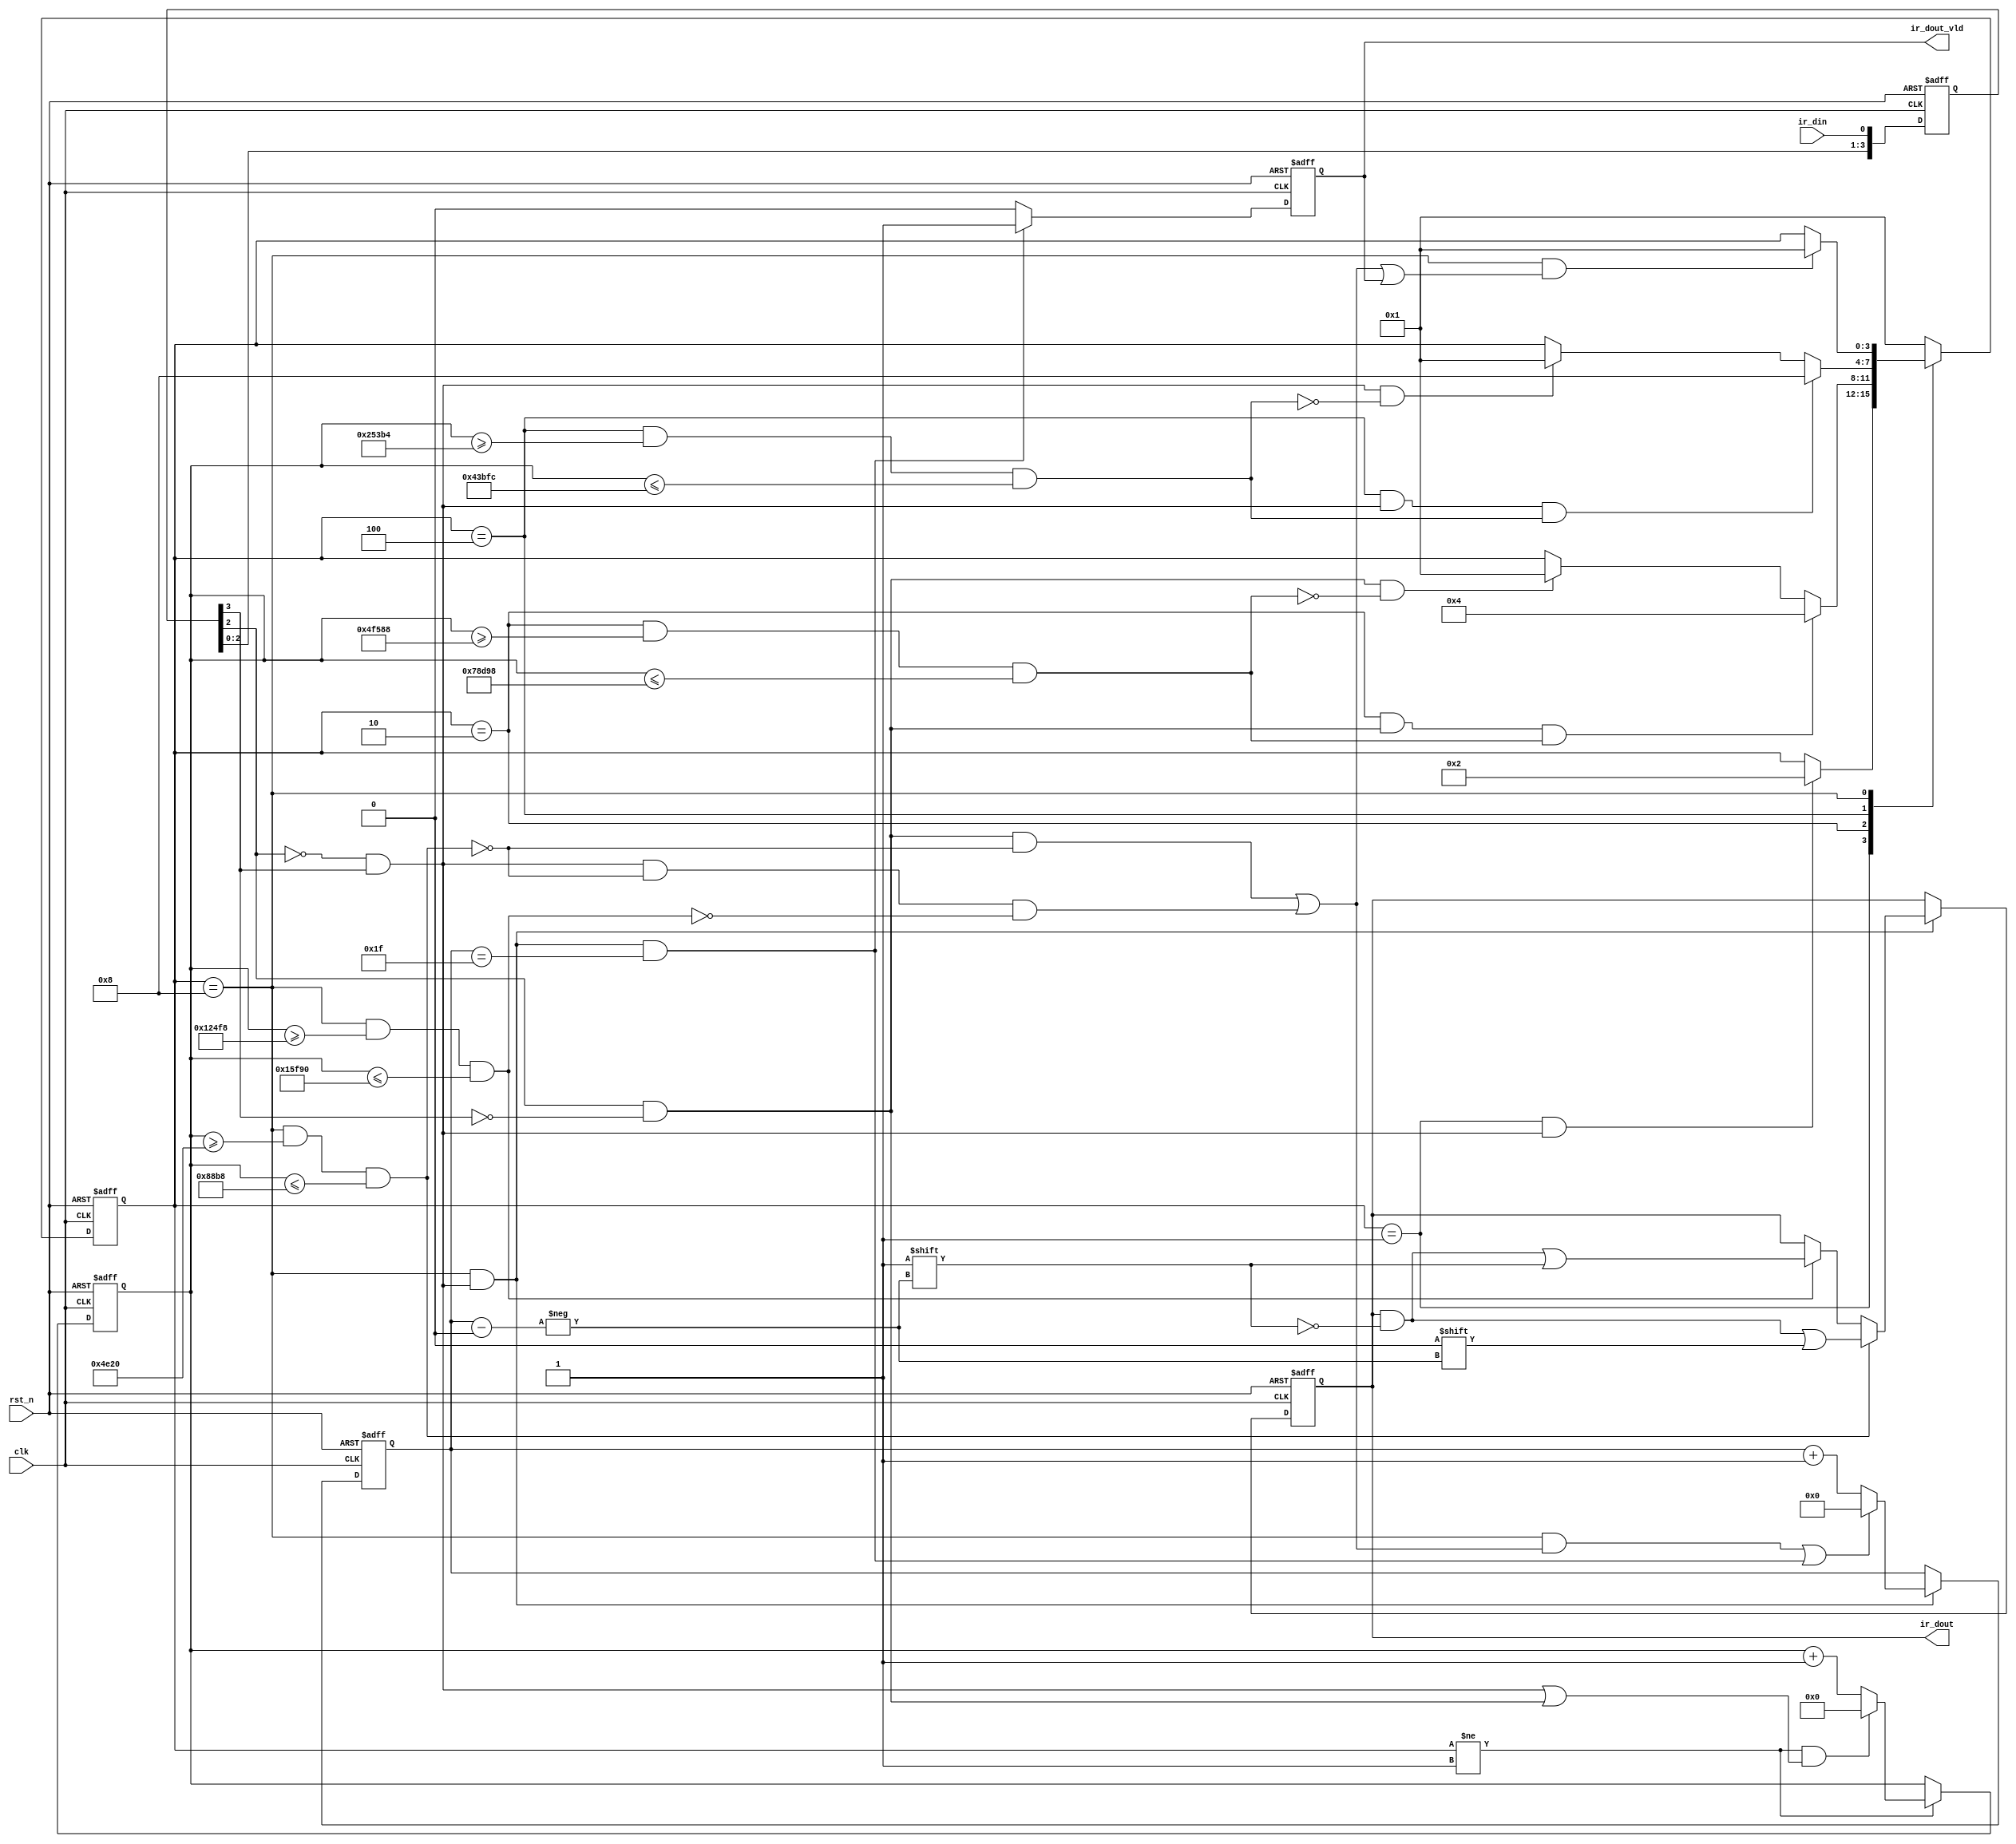
module  ir_decode(
        input                   clk                     ,
        input                   rst_n                   ,
        //ir
        input                   ir_din                  ,
        output  reg   [31: 0]   ir_dout                 ,
        output  reg             ir_dout_vld 
);
//=====================================================================\
// ********** Define Parameter and Internal Signals *************
//=====================================================================/
//(9ms)+(16)+(8)+(8)
//"0" = 0.56ms + 0.56ms "1" = 0.56ms + 1.68ms   
//
//
parameter   MIN_9MS     =       19'd325_000                     ;//6.5ms
parameter   MAX_9MS     =       19'd495_000                     ;//9.9ms
parameter   MIN_4_5MS   =       19'd152_500                     ;//3.05ms
parameter   MAX_4_5MS   =       19'd277_500                     ;//5.55ms
parameter   MIN_560US   =       19'd20_000                      ;//400us
parameter   MAX_560US   =       19'd35_000                      ;//700us
parameter   MIN_1690US  =       19'd75_000                      ;//1500us
parameter   MAX_1690US  =       19'd90_000                      ;//1800us

parameter   IDLE        =       4'b0001                         ;
parameter   CHECK_T9MS  =       4'b0010                         ;
parameter   CHECK_T4_5MS=       4'b0100                         ;
parameter   DATA_DECODE =       4'b1000                         ;

reg     [ 3: 0]                 state_c                         ;
reg     [ 3: 0]                 state_n                         ;

reg     [ 3: 0]                 ir_din_r                        ;
wire                            ir_l2h                          ;
wire                            ir_h2l                          ; 

reg     [18: 0]                 cnt_clk                         ; 
wire                            add_cnt_clk                     ;
wire                            end_cnt_clk                     ; 
reg     [31: 0]                 cnt_data                        ;
wire                            add_cnt_data                    ;
wire                            end_cnt_data                    ;

wire                            check_9ms_start                 ;
wire                            check_4_5ms_start               ;
wire                            data_decode_start               ;
wire                            idle_start                      ; 

wire                            check_9ms_ok                    ; 
wire                            check_4_5ms_ok                  ; 
wire                            check_560us_ok                  ; 
wire                            check_1690us_ok                 ; 



//======================================================================
// ***************      Main    Code    ****************
//======================================================================
//ir_din_r
always  @(posedge clk or negedge rst_n) begin
        if(rst_n == 1'b0)
            ir_din_r    <=      'd0;
        else
            ir_din_r    <=      {ir_din_r[2:0],ir_din};//43
end

assign  ir_h2l      =       (!ir_din_r[2]) && ir_din_r[3];
assign  ir_l2h      =       ir_din_r[2] && (!ir_din_r[3]);

//cnt_clk
always @(posedge clk or negedge rst_n)begin
    if(!rst_n)begin
        cnt_clk <= 0;
    end
    else if(add_cnt_clk)begin
        if(end_cnt_clk)
            cnt_clk <= 0;
        else
            cnt_clk <= cnt_clk + 1;
    end
end

assign  add_cnt_clk     =       (state_c != IDLE); //      
assign  end_cnt_clk     =       add_cnt_clk && (ir_h2l || ir_l2h);  // 

assign  check_9ms_ok    =       (state_c == CHECK_T9MS) && (cnt_clk >= MIN_9MS) && (cnt_clk <= MAX_9MS);  //6.5-9.9ms
assign  check_4_5ms_ok  =       (state_c == CHECK_T4_5MS) && (cnt_clk >= MIN_4_5MS) && (cnt_clk <= MAX_4_5MS);
assign  check_560us_ok  =       (state_c == DATA_DECODE) && (cnt_clk >= MIN_560US) && (cnt_clk <= MAX_560US);
assign  check_1690us_ok =       (state_c == DATA_DECODE) && (cnt_clk >= MIN_1690US) && (cnt_clk <= MAX_1690US);



always@(posedge clk or negedge rst_n)begin
    if(!rst_n)begin
        state_c <= IDLE;
    end
    else begin
        state_c <= state_n;
    end
end


always@(*)begin
    case(state_c)
        IDLE:begin
            if(check_9ms_start)begin //
                state_n = CHECK_T9MS;
            end
            else begin
                state_n = state_c;
            end
        end
        CHECK_T9MS:begin
            if(check_4_5ms_start)begin  // 
                state_n = CHECK_T4_5MS;
            end
            else if(ir_l2h && (!check_9ms_ok))begin // 
                state_n = IDLE;
            end
            else begin
                state_n = state_c;  //
            end
        end
        CHECK_T4_5MS:begin
            if(data_decode_start)begin 
                state_n = DATA_DECODE;
            end
            else if(ir_h2l && (!check_4_5ms_ok))begin
                state_n = IDLE;
            end
            else begin
                state_n = state_c;
            end
        end
        DATA_DECODE:begin
            if(idle_start)begin
                state_n = IDLE;
            end
            else begin
                state_n = state_c;
            end
        end
        default:begin
            state_n = IDLE;
        end
    endcase
end

assign  check_9ms_start         =       (state_c == IDLE) && ir_h2l;
assign  check_4_5ms_start       =       (state_c == CHECK_T9MS) && ir_l2h && check_9ms_ok;
assign  data_decode_start       =       (state_c == CHECK_T4_5MS) && ir_h2l && check_4_5ms_ok;
assign  idle_start              =       (state_c == DATA_DECODE) && ((ir_l2h && !check_560us_ok) || (ir_h2l && !check_560us_ok && !check_1690us_ok) || ir_dout_vld);



//cnt_data
always @(posedge clk or negedge rst_n)begin
    if(!rst_n)begin
        cnt_data <= 0;
    end
    else if(add_cnt_data)begin
        if(end_cnt_data)
            cnt_data <= 0;
        else
            cnt_data <= cnt_data + 1;
    end
end

assign add_cnt_data = (state_c == DATA_DECODE) && ir_h2l;//
assign end_cnt_data = ((state_c == DATA_DECODE) && ((ir_l2h && !check_560us_ok) || (ir_h2l && !check_560us_ok && !check_1690us_ok))) || (add_cnt_data && (cnt_data == 32-1));   

//ir_dout_vld
always  @(posedge clk or negedge rst_n) begin
        if(rst_n == 1'b0)
            ir_dout_vld     <=      1'b0;
        else if(add_cnt_data && (cnt_data == 32-1))
            ir_dout_vld     <=      1'b1;
        else
            ir_dout_vld     <=      1'b0;
end

//ir_dout
always  @(posedge clk or negedge rst_n) begin
        if(rst_n == 1'b0)
            ir_dout     <=      'd0;
        else if(add_cnt_data)
            if(check_560us_ok)
                ir_dout[cnt_data]   <=      1'b0;
            else if(check_1690us_ok)
                ir_dout[cnt_data]   <=      1'b1;
end







endmodule